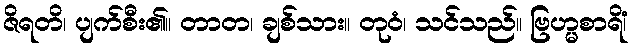
ဇိရတိ၊ ပျက်စီး၏။ တာတ၊ ချစ်သား။ တုဝံ၊ သင်သည်။ ဗြဟ္မစာရိံ၊